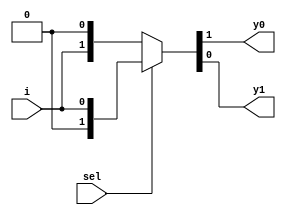
`timescale 1ns / 1ps

module demux_1_2(
    input sel,
    input i,
    output y0, y1
    );    
    assign {y0,y1} = sel?{1'b0,i}: {i,1'b0};
endmodule